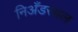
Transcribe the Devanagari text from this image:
निअँडरथल